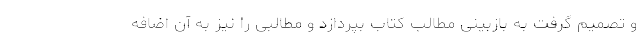
و تصمیم گرفت به بازبینی مطالب کتاب بپردازد و مطالبی را نیز به آن اضافه